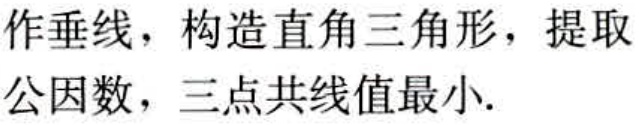
作垂线，构造直角三角形，提取公因数，三点共线值最小.